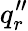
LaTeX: q_{r}^{\prime\prime}